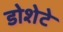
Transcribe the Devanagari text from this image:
डोशेटे